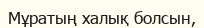
Мұратың халық болсын,